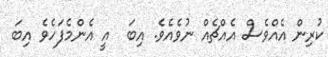
ކުރިން އެއްވެސް އެއްޗެއް ނުވެއެވެ. އިބަ  އީ އެންމެފަހެވެ އިބަ